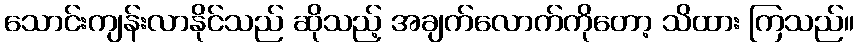
သောင်းကျန်းလာနိုင်သည် ဆိုသည့် အချက်လောက်ကိုတော့ သိထား ကြသည်။